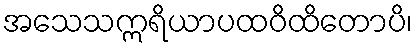
အသေသဣရိယာပထဝိထိတောပိ၊